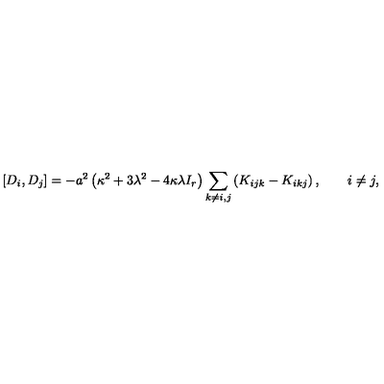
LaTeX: \left[ D _ { i } , D _ { j } \right] = - a ^ { 2 } \left( \kappa ^ { 2 } + 3 \lambda ^ { 2 } - 4 \kappa \lambda I _ { r } \right) \sum _ { k \ne i , j } \left( K _ { i j k } - K _ { i k j } \right) , \qquad i \ne j ,